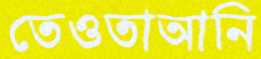
তেওতাআনি